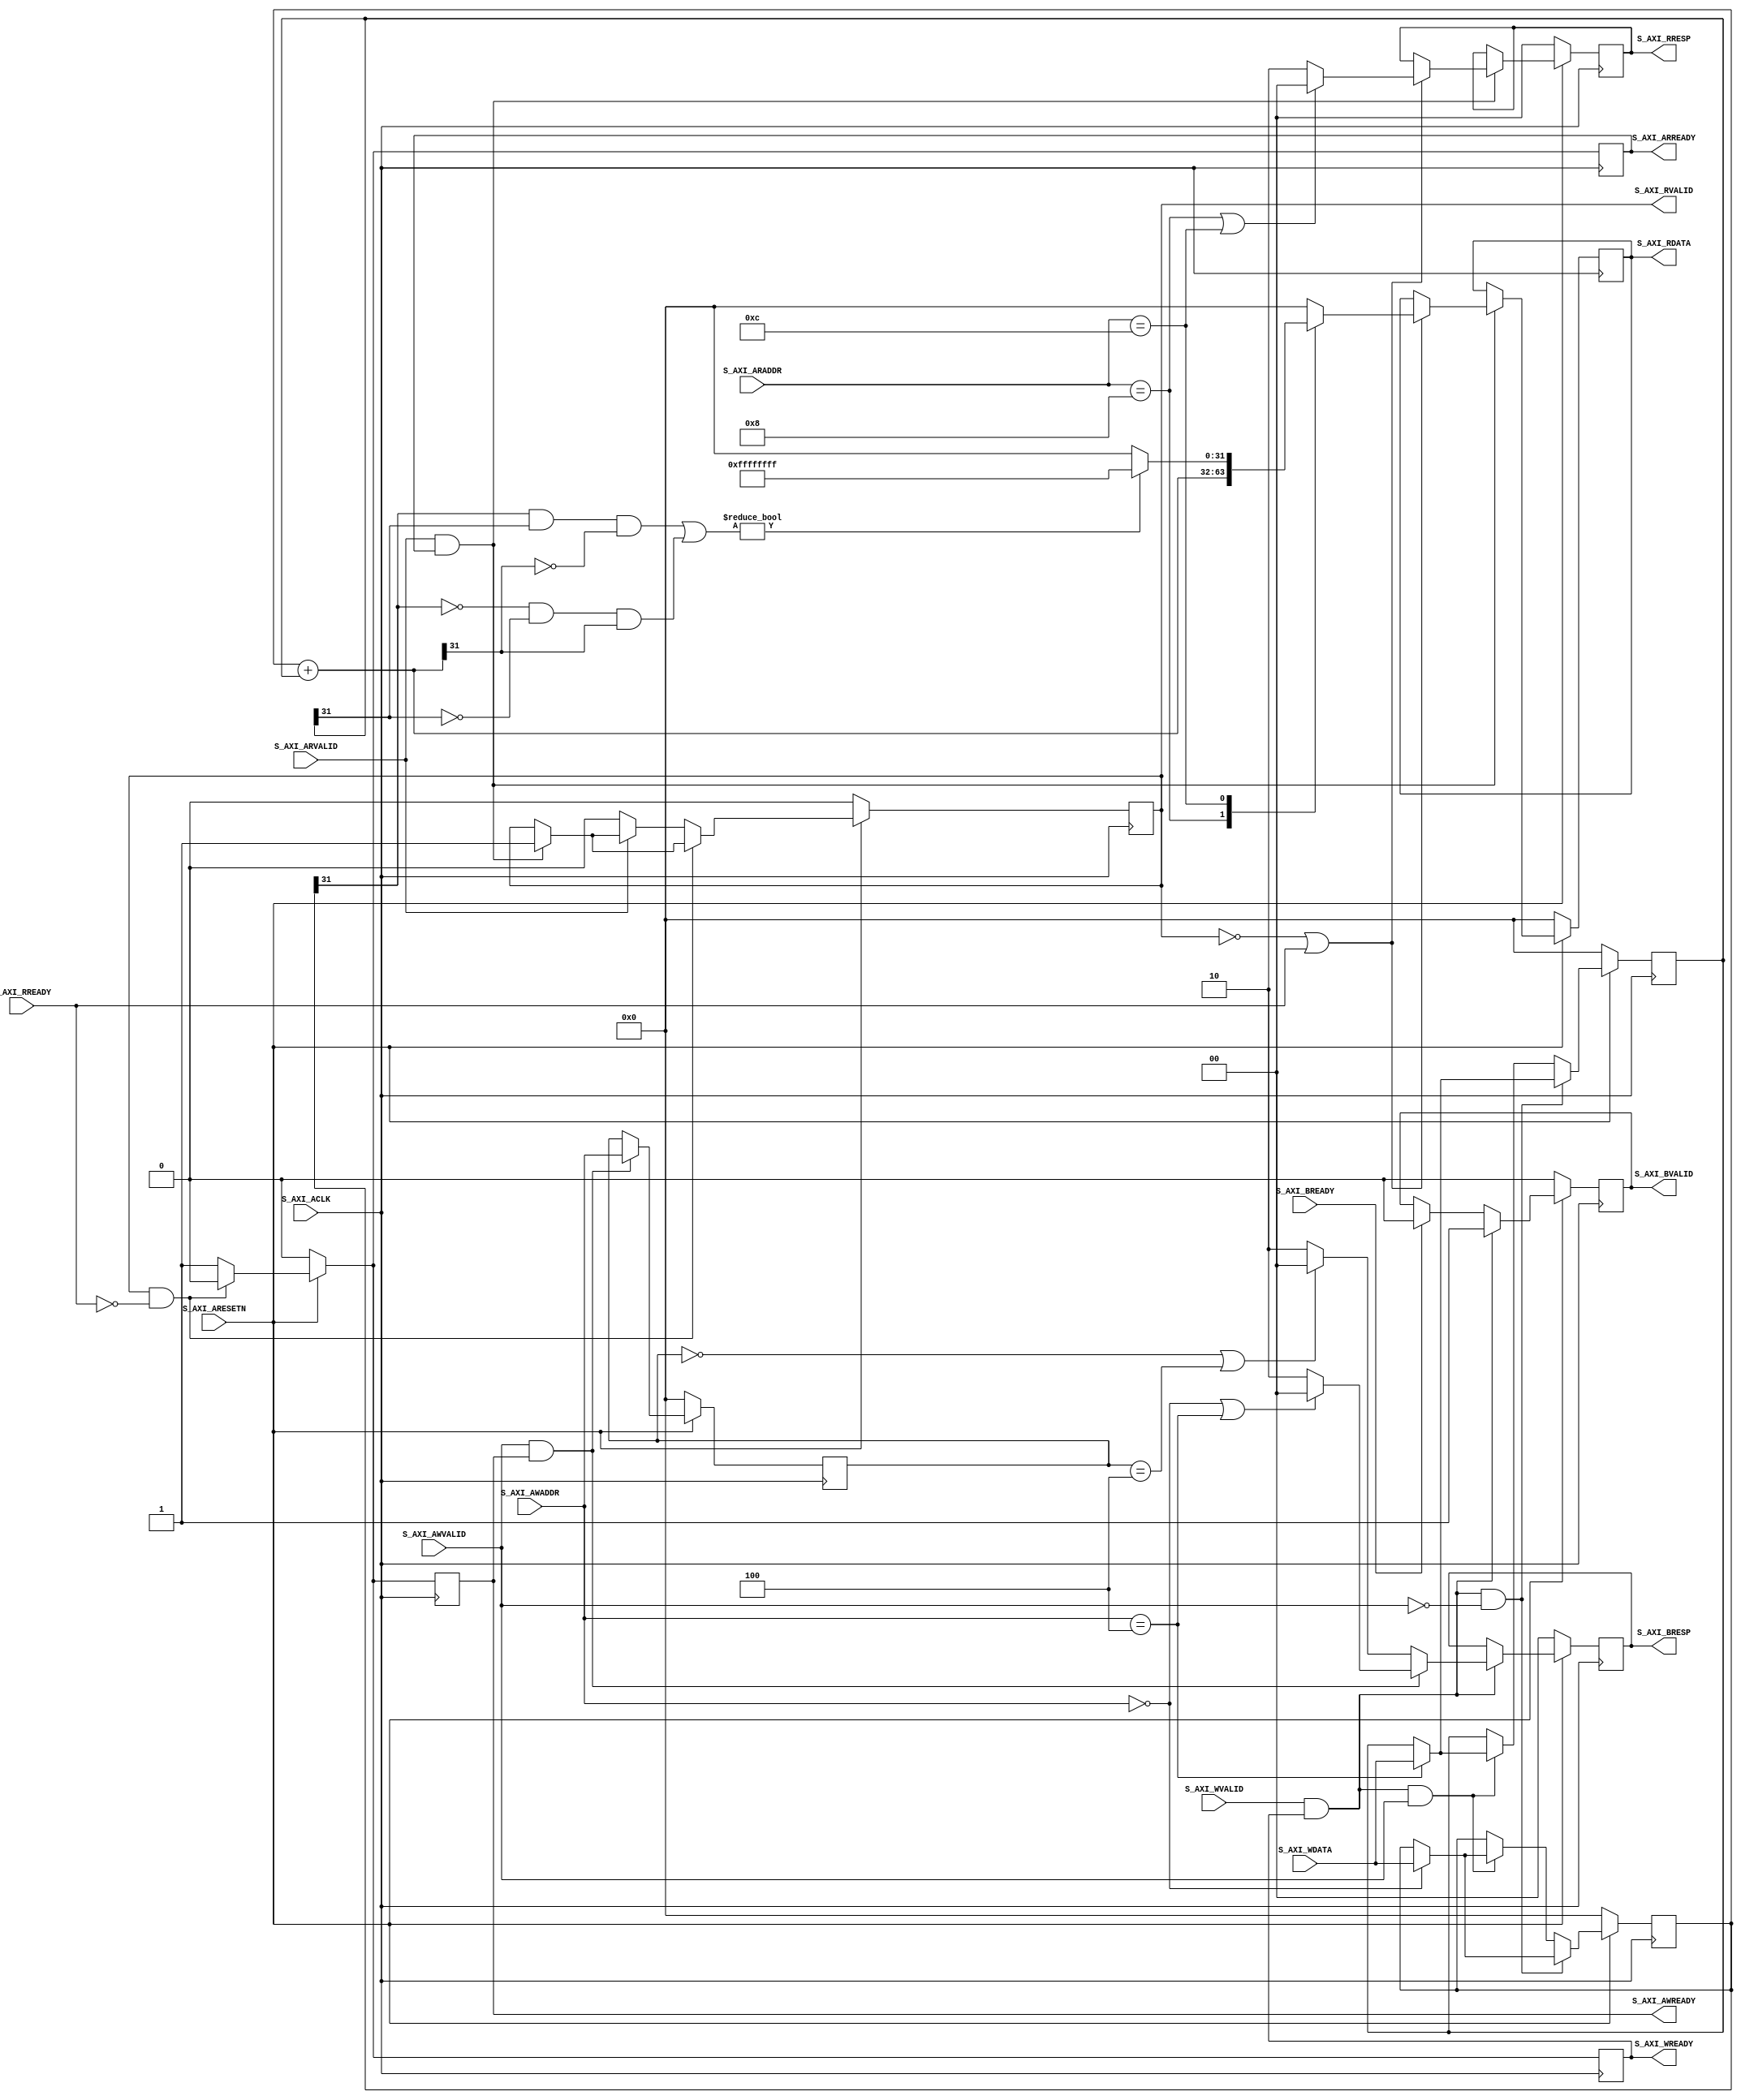
// This program was cloned from: https://github.com/DigitalDesignSchool/ce2020labs
// License: MIT License

	module AXILITE_S00 #
	(
		// Users to add parameters here
		parameter integer C_S_AXI_BASEADDR	    = 0,
		parameter integer C_S_AXI_DATA_WIDTH	= 32,
		parameter integer C_S_AXI_ADDR_WIDTH	= 32
	)
	(
		// Global Clock Signal
		input wire  S_AXI_ACLK,
		// Global Reset Signal. This Signal is Active LOW
		input wire  S_AXI_ARESETN,
		// Write address (issued by master, acceped by Slave)
		input wire [C_S_AXI_ADDR_WIDTH-1 : 0] S_AXI_AWADDR,
    	// valid write address and control information.
		input wire  S_AXI_AWVALID,
		// Write address ready. This signal indicates that the slave is ready
    		// to accept an address and associated control signals.
		output wire  S_AXI_AWREADY,
		// Write data (issued by master, acceped by Slave) 
		input wire [C_S_AXI_DATA_WIDTH-1 : 0] S_AXI_WDATA,
		// Write valid. This signal indicates that valid write
    		// data and strobes are available.
		input wire  S_AXI_WVALID,
		// Write ready. This signal indicates that the slave
    		// can accept the write data.
		output wire  S_AXI_WREADY,
		// Write response. This signal indicates the status
    		// of the write transaction.
		output wire [1 : 0] S_AXI_BRESP,
		// Write response valid. This signal indicates that the channel
    		// is signaling a valid write response.
		output wire  S_AXI_BVALID,
		// Response ready. This signal indicates that the master
    		// can accept a write response.
		input wire  S_AXI_BREADY,
		// Read address (issued by master, acceped by Slave)
		input wire [C_S_AXI_ADDR_WIDTH-1 : 0] S_AXI_ARADDR,
		// Read address valid. This signal indicates that the channel
    		// is signaling valid read address and control information.
		input wire  S_AXI_ARVALID,
		// Read address ready. This signal indicates that the slave is
    		// ready to accept an address and associated control signals.
		output wire  S_AXI_ARREADY,
		// Read data (issued by slave)
		output wire [C_S_AXI_DATA_WIDTH-1 : 0] S_AXI_RDATA,
		// Read response. This signal indicates the status of the
    		// read transfer.
		output wire [1 : 0] S_AXI_RRESP,
		// Read valid. This signal indicates that the channel is
    		// signaling the required read data.
		output wire  S_AXI_RVALID,
		// Read ready. This signal indicates that the master can
    		// accept the read data and response information.
		input wire  S_AXI_RREADY
	);

	// AXI4LITE signals
	reg [C_S_AXI_ADDR_WIDTH-1 : 0] 	axi_awaddr;
	reg [1 : 0] 	                axi_bresp;
	reg  	                        axi_bvalid;
	reg [C_S_AXI_ADDR_WIDTH-1 : 0] 	axi_araddr;
	reg [C_S_AXI_DATA_WIDTH-1 : 0] 	axi_rdata;
	reg [1 : 0] 	                axi_rresp;
	reg  	                        axi_rvalid;
	reg                             axi_arready;
	reg                             axi_awready;
	reg                             axi_wready;

	// Example-specific design signals
	// local parameter for addressing 32 bit / 64 bit C_S_AXI_DATA_WIDTH
	// ADDR_LSB is used for addressing 32/64 bit registers/memories
	// ADDR_LSB = 2 for 32 bits (n downto 2)
	// ADDR_LSB = 3 for 64 bits (n downto 3)
	localparam integer ADDR_LSB = (C_S_AXI_DATA_WIDTH/32) + 1;
	localparam integer OPT_MEM_ADDR_BITS = 1;
	//----------------------------------------------
	//-- Signals for user logic register space example
	wire [31:0] EXT;
	wire [31:0] M;
	//------------------------------------------------
	//-- Number of Slave Registers 4
	reg [C_S_AXI_DATA_WIDTH-1:0]	slv_reg0;
	reg [C_S_AXI_DATA_WIDTH-1:0]	slv_reg1;
	reg [C_S_AXI_DATA_WIDTH-1:0]	slv_reg2;
	reg [C_S_AXI_DATA_WIDTH-1:0]	slv_reg3;

	// I/O Connections assignments

	assign S_AXI_AWREADY	= axi_awready;
	assign S_AXI_WREADY	    = axi_wready;
	assign S_AXI_BRESP	    = axi_bresp;
	assign S_AXI_BVALID	    = axi_bvalid;
	assign S_AXI_ARREADY	= axi_arready;
	assign S_AXI_RDATA	    = axi_rdata;
	assign S_AXI_RRESP	    = axi_rresp;
	assign S_AXI_RVALID	    = axi_rvalid;

	// Implement axi_awaddr latching
	// This process is used to latch the address when both 
	// S_AXI_AWVALID and S_AXI_WVALID are valid. 

	always @( posedge S_AXI_ACLK )
	begin
	  if ( ~S_AXI_ARESETN ) axi_awaddr <= 0;
	  else if (S_AXI_AWVALID &  S_AXI_AWREADY) axi_awaddr <= S_AXI_AWADDR;
	end  

	// Implement memory mapped register select and write logic generation
	// The write data is accepted and written to memory mapped registers when
	// axi_awready, S_AXI_WVALID, axi_wready and S_AXI_WVALID are asserted. Write strobes are used to
	// select byte enables of slave registers while writing.
	// These registers are cleared when reset (active low) is applied.
	// Slave register write enable is asserted when valid address and data are available
	// and the slave is ready to accept the write address and write data.
	always @( posedge S_AXI_ACLK )
	begin
	  if ( ~S_AXI_ARESETN )
	    begin
	      slv_reg0 <= 0;
	      slv_reg1 <= 0;
	    end 
	  else begin
	    if (S_AXI_WVALID & S_AXI_WREADY & ~S_AXI_AWVALID)
	      begin
	        case ( S_AXI_AWADDR )
	          C_S_AXI_BASEADDR: slv_reg0 <= S_AXI_WDATA;
	          C_S_AXI_BASEADDR + 4: slv_reg1 <= S_AXI_WDATA;
	          default : begin
	                      slv_reg0 <= slv_reg0;
	                      slv_reg1 <= slv_reg1;
	                    end
	        endcase
	      end
	  else if (S_AXI_WVALID & S_AXI_WREADY & S_AXI_AWVALID)	
	       begin
	        case ( S_AXI_AWADDR )
	          C_S_AXI_BASEADDR: slv_reg0 <= S_AXI_WDATA;
	          C_S_AXI_BASEADDR + 4: slv_reg1 <= S_AXI_WDATA;
	          default : begin
	                      slv_reg0 <= slv_reg0;
	                      slv_reg1 <= slv_reg1;
	                    end
	        endcase
	        end
	  end	  
	end    

    assign M = slv_reg0 + slv_reg1;
    assign EXT = (slv_reg0[31] & slv_reg1[31] & ~M[31]) | (~slv_reg0[31] & ~slv_reg1[31] & M[31]);
    
    always @(*)
    begin
    slv_reg2 = M;
    slv_reg3 = EXT ? 32'hFFFFFFFF : 32'h00000000;
    end 
	// Implement write response logic generation
	// The write response and response valid signals are asserted by the slave 
	// when axi_wready, S_AXI_WVALID, axi_wready and S_AXI_WVALID are asserted.  
	// This marks the acceptance of address and indicates the status of 
	// write transaction.

	always @( posedge S_AXI_ACLK )
	begin
	  if ( ~S_AXI_ARESETN )
	    begin
	      axi_bvalid  <= 1'b0;
	      axi_bresp   <= 2'b0;
	    end 
	  else
	    begin    
	      if (S_AXI_WVALID & S_AXI_WREADY) 
	      begin
	       if (S_AXI_AWVALID & S_AXI_AWREADY) 
	          begin
	          axi_bvalid <= 1'b1;
	          if((S_AXI_AWADDR == C_S_AXI_BASEADDR)||(S_AXI_AWADDR == (C_S_AXI_BASEADDR+4))) axi_bresp  <= 2'b00; 
	          else axi_bresp  <= 2'b10;
	          end                   
	      else 
	        begin
            axi_bvalid <= 1'b1;
	        if((axi_awaddr == C_S_AXI_BASEADDR)||(axi_awaddr == (C_S_AXI_BASEADDR+4))) axi_bresp  <= 2'b00; 
	        else axi_bresp  <= 2'b10;
	        end                   
        end
	   else if(S_AXI_BREADY)  axi_bvalid <= 1'b0; 
	   end
	end   

	// Implement axi_arready generation
	// axi_arready is asserted for one S_AXI_ACLK clock cycle when
	// S_AXI_ARVALID is asserted. axi_awready is 
	// de-asserted when reset (active low) is asserted. 
	// The read address is also latched when S_AXI_ARVALID is 
	// asserted. axi_araddr is reset to zero on reset assertion.

	always @( posedge S_AXI_ACLK )
	begin
	  if (~S_AXI_ARESETN) axi_araddr  <= 32'b0;
	  else if (S_AXI_ARVALID) axi_araddr  <= S_AXI_ARADDR;
	end       

	// Implement axi_arvalid generation
	// axi_rvalid is asserted for one S_AXI_ACLK clock cycle when both 
	// S_AXI_ARVALID and axi_arready are asserted. The slave registers 
	// data are available on the axi_rdata bus at this instance. The 
	// assertion of axi_rvalid marks the validity of read data on the 
	// bus and axi_rresp indicates the status of read transaction.axi_rvalid 
	// is deasserted on reset (active low). axi_rresp and axi_rdata are 
	// cleared to zero on reset (active low).  
	always @( posedge S_AXI_ACLK )
	begin
	  if ( ~S_AXI_ARESETN )
	    begin
	      axi_rvalid <= 0;
	      axi_rresp  <= 0;
	      axi_rdata  <= 32'b0;
	      axi_arready <= 1'b0;
	      axi_awready <= 1'b0;
	      axi_wready <= 1'b0;
	    end 
	  else
	    begin    
	      if (S_AXI_ARVALID & S_AXI_ARREADY)
	            begin
	               axi_rvalid <= 1'b1;
	               if(~axi_rvalid | S_AXI_RREADY) begin
	                   case ( S_AXI_ARADDR )
	                   C_S_AXI_BASEADDR+8   : axi_rdata <= slv_reg2;
	                   C_S_AXI_BASEADDR+12   : axi_rdata <= slv_reg3;
	                   default : axi_rdata <= 0;
	                   endcase
  	                   if((S_AXI_ARADDR == (C_S_AXI_BASEADDR+8))||(S_AXI_ARADDR == (C_S_AXI_BASEADDR+12))) axi_rresp  <= 2'b00; // 'OKAY' response 
	                   else axi_rresp  <= 2'b10;
	                   end
	            end
	      if(axi_rvalid & ~S_AXI_RREADY) begin
	                       axi_arready <= 1'b0;
	                       axi_awready <= 1'b0;
	                       axi_wready <= 1'b0;
	                       end 
	      else
	      begin
	                       if(~S_AXI_ARVALID) axi_rvalid <= 1'b0;	
	                       axi_arready <= 1'b1;
	                       axi_awready <= 1'b1;
	                       axi_wready <= 1'b1;
	      end  
	  end	  	               
	end    
	endmodule